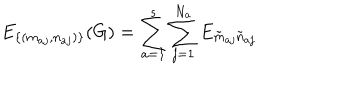
E _ { \{ ( m _ { a j } , n _ { a j } ) \} } ( G ) = \sum _ { a = 1 } ^ { s } \sum _ { j = 1 } ^ { N _ { a } } E _ { \tilde { m } _ { a j } \tilde { n } _ { a j } }